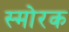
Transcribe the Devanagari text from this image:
स्माेरक